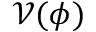
\mathcal { V } ( \phi )